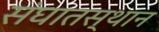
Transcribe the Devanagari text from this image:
संघातस्थान